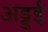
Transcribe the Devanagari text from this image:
अड्डई